Lunatic asylums United Provinces 1899-1908 - 1899-1908
Year: 1899
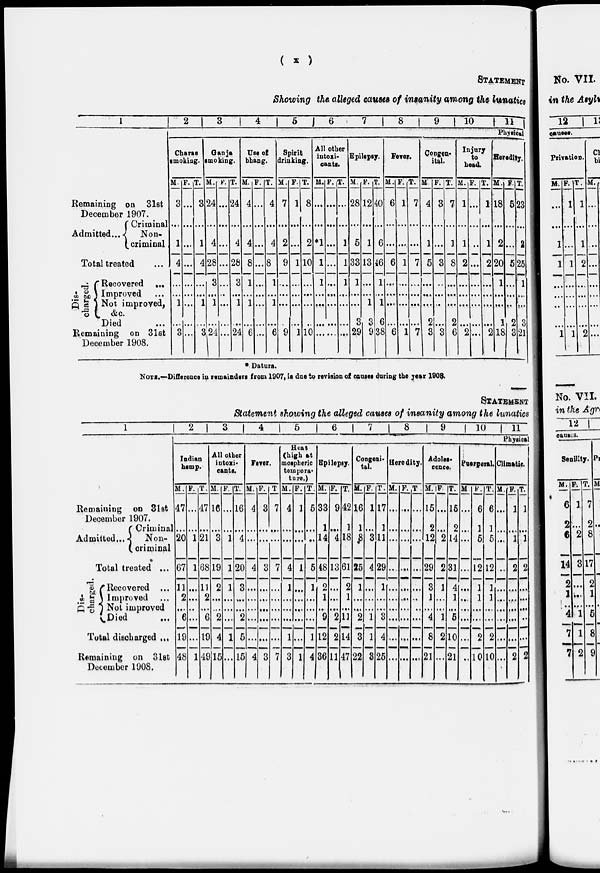
( x )
STATEMENT
Showing the alleged causes of insanity among the lunatics
1
Remaining on 31st
December 1907.
Criminal
Admitted ...
Non-
criminal
Total treated ...
Discahrged.
Recovered
...
Imporved ...
Not improved,
&c.
Died ...
Remaining
on 31st
December 1908.
2
3
4
5
6
7
8
9
10
11
Physical
Charas
smoking.
M.
3
…
1
4
...
…
1
…
3
F.
...
…
…
…
…
…
…
…
...
T.
3
…
1
4
…
…
1
…
3
Ganja
smoking.
M.
24
…
4
28
3
…
1
…
24
F.
…
…
…
…
...
…
…
…
…
T.
24
…
4
28
3
…
1
…
24
Use of
bhang.
M.
4
…
4
8
1
…
1
…
6
F.
…
…
…
…
…
…
…
…
…
T.
4
…
4
8
1
…
1
…
6
Spirit
drinking.
M.
7
…
2
9
…
…
…
…
9
F.
1
…
…
1
…
…
…
…
1
T.
8
…
2
10
…
…
…
…
10
All other
intoxi-
cants.
M.
…
…
*1
1
1
…
…
…
…
F.
…
…
…
...
…
…
…
…
…
T.
…
…
1
1
1
…
…
…
…
Epilepsy.
M.
28
…
5
33
1
…
... 3
29
F.
12
…
1
13
…
…
1
3
9
T.
40
…
6
46
1
…
1
6
38
Fever.
M.
6
…
…
6
…
…
…
…
6
F.
1
…
…
1
…
…
…
…
1
T.
7
…
…
7
…
…
…
7
Congeni t al .
M.
4
…
1
5
…
…
… 2
3
F.
3
…
...
3
…
…
…
...
3
T.
7
…
1
8
…
…
…
2
6
Injury
to
head.
M.
1
…
1
2
…
…
…
…
2
F.
…
…
…
…
…
…
…
…
…
T.
1
…
1
2
…
…
…
…
2
Heredity.
M.
18
…
2
20
1
…
…
1
18
F.
5
…
…
5
…
…
…
2
3
T.
23
…
2
25
1
…
…
3
21
* Datura.
NOTE.—Difference in remainders from 1907, is due to revision of causes during the year 1909.
STATEMENT
Statement showing the alleged causes of insanity among the lunatics
1
Remaining
on 31st
December 1907.
Admitted ...
Criminal
Non-
criminal
Total treated ...
Di s-
charged.
Recorered ...
Improved ...
Not improved
Died ...
Total discharged ...
Remaining on 31st
December 1908.
2
3
4
5
6
7
8
9
10
11
Physical
Indian
hemp.
M.
47
…
20
67
11
2
…
6
19
48
F.
...
…
1
1
…
…
…
…
…
1
T.
47
…
21
68
11
2
…
6
19
49
All other
intoxi-
cants.
M.
16
…
3
19
2
…
…
2
4
15
F.
...
…
1
1
1
…
…
…
1
…
T.
16
…
4
20
3
…
…
2
5
15
Fever.
M.
4
…
…
4
…
…
…
…
…
4
F.
3
…
3
…
…
…
…
…
3
T.
7
…
…
7
…
…
…
…
…
7
Heat
(high at
mospheric
temperature.)
M.
4
…
…
4
1
…
…
…
1
3
F.
1
…
…
1
…
…
…
…
…
1
T.
5
…
…
5
1
…
…
…
1
4
Epilepsy.
M.
33
1
14
48
2
1
…
9
12
36
F.
9
…
4
13
…
…
…
2
2
11
T.
42
1
18
61
2
1
…
11
14
47
Congeni-
tal.
M.
16
1
8
25
1
…
…
2
3
22
F.
1
...
3
4
…
…
…
1
1
3
T.
17
1
11
29
1
…
…
3
4
25
Heredity.
M.
…
…
…
…
…
…
…
…
…
…
F.
…
…
…
…
…
…
…
…
…
…
T.
…
…
…
…
…
…
…
…
…
…
Adoles-
cence.
M.
15
2
12
29
3
1
…
4
8
21
F.
…
…
2
2
1
…
…
1
2
…
T.
15
2
14
31
4
1
…
5
10
21
Puerperal.
M
…
…
…
...
…
…
…
…
…
…
F.
6
1
5
12
1
1
…
…
2
10
T.
6
1
5
12
1
1
…
…
2
10
Climatic.
M.
…
…
…
…
…
…
…
…
…
…
F.
1
…
1
2
…
…
…
…
…
2
T.
1
…
1
2
…
...
…
…
…
2